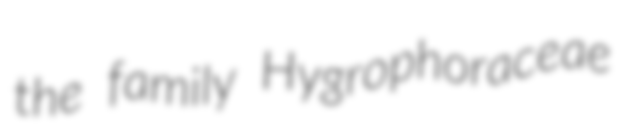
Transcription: the family Hygrophoraceae